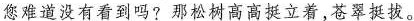
您难道没有看到吗?那松树高高挺立着，苍翠挺拔。